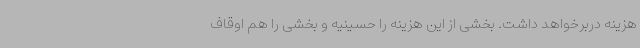
هزینه دربرخواهد داشت. بخشی از این هزینه را حسینیه و بخشی را هم اوقاف